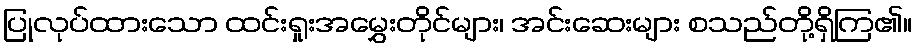
ပြုလုပ်ထားသော ထင်းရှုးအမွှေးတိုင်များ၊ အင်းဆေးများ စသည်တို့ရှိကြ၏။